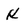
Character: K